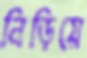
নিড়িয়ে